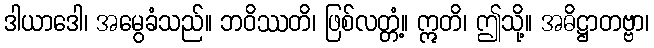
ဒါယာဒေါ၊ အမွေခံသည်။ ဘဝိဿတိ၊ ဖြစ်လတ္တံ့။ ဣတိ၊ ဤသို့။ အဓိဋ္ဌာတဗ္ဗာ၊